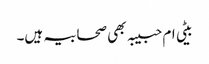
بیٹی ام حبیبہ بھی صحابیہ ہیں۔